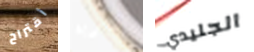
أقتراح تجارية الجليدي